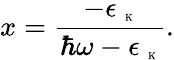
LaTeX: x=\frac{-\epsilon_{\mathrm{~\tiny~K~}}}{\hbar\omega-\epsilon_{\mathrm{~\tiny~K~}}}.